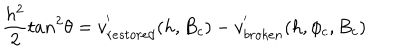
\frac { h ^ { 2 } } { 2 } t a n ^ { 2 } \theta = v _ { r e s t o r e d } ^ { ' } ( h , B _ { c } ) - v _ { b r o k e n } ^ { ' } ( h , \phi _ { c } , B _ { c } )